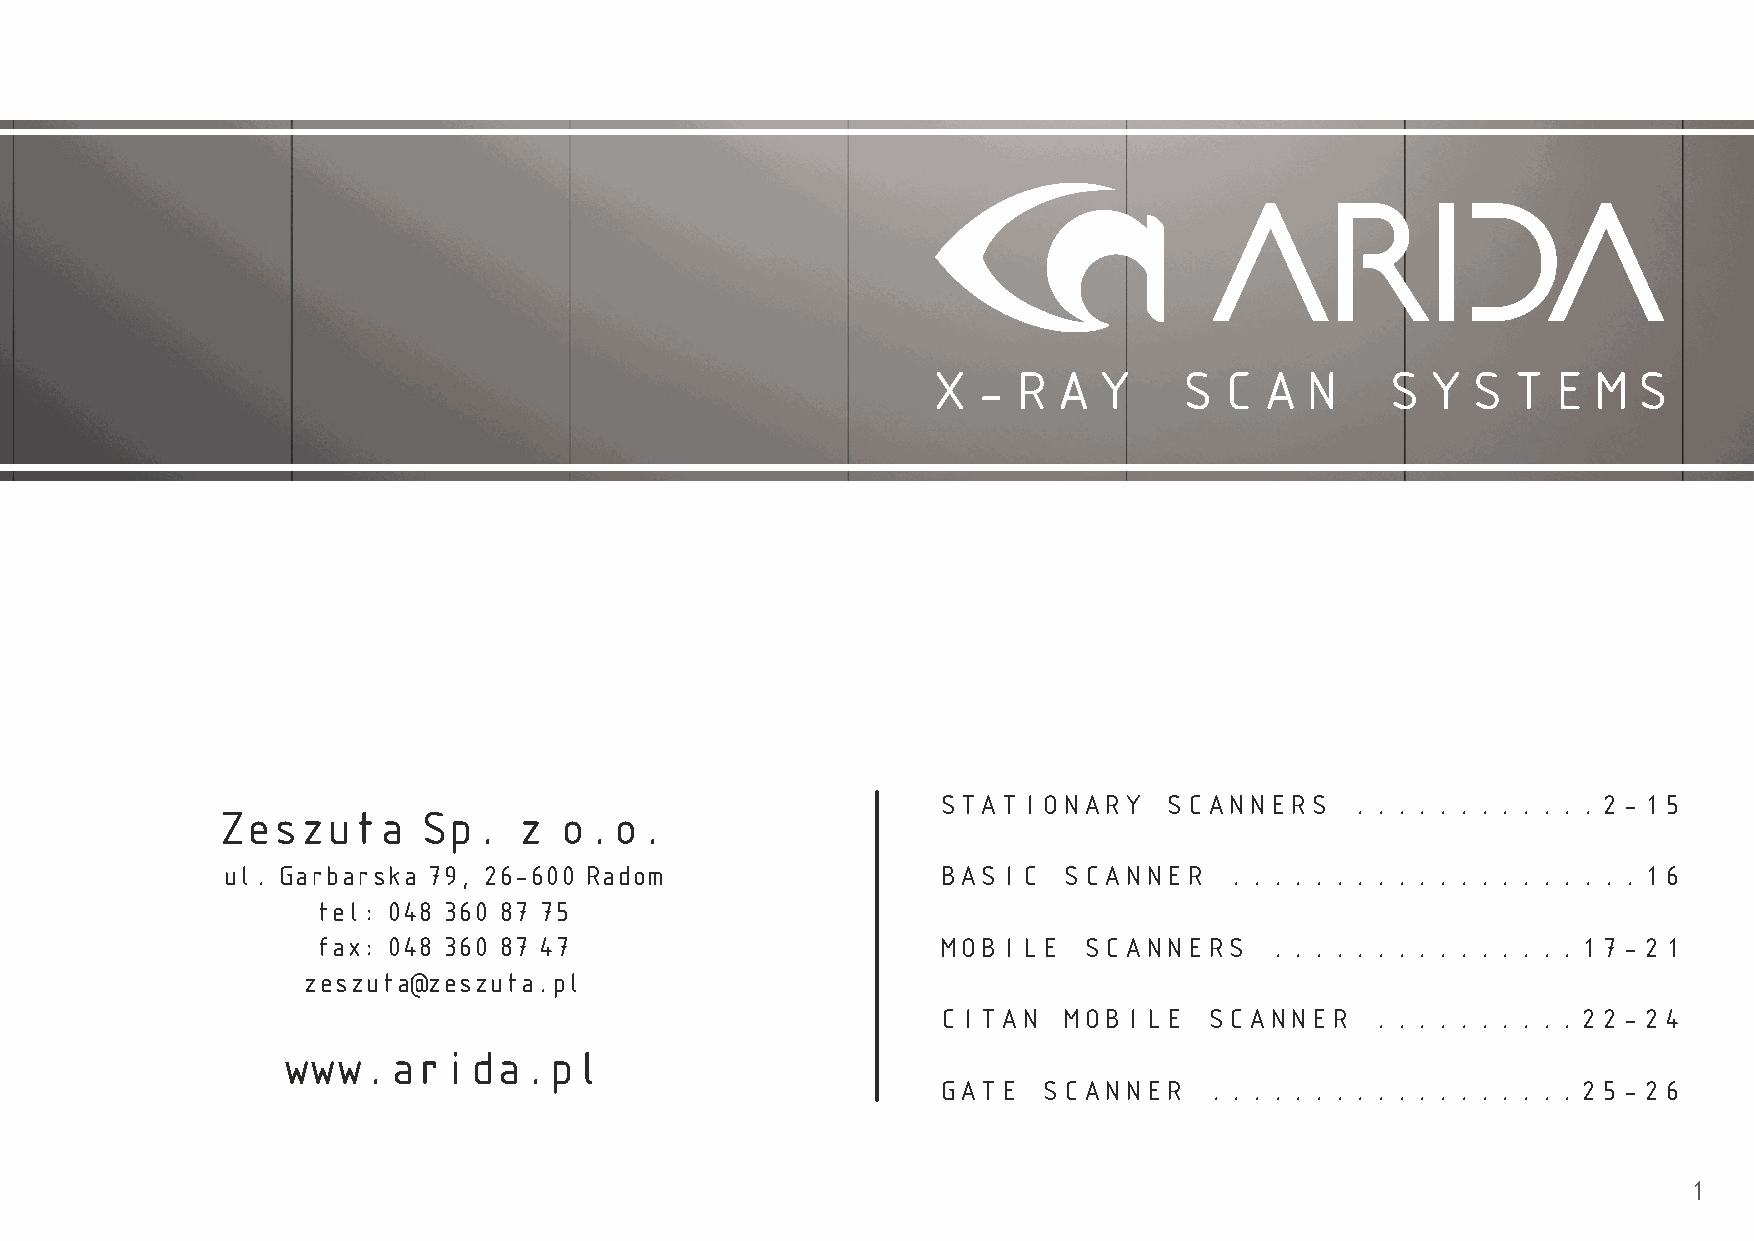
X-RAY           SCAN          SYSTEMS
 STATIONARY     SCANNERS    ............2-15
 Zeszuta       Sp.   z  o.o.
 ul. Garbarska 79, 26-600 Radom                 BASIC   SCANNER    ....................16
 tel: 048 360 87 75
 fax: 048 360 87 47                       MOBILE    SCANNERS    ...............17-21
 zeszuta@zeszuta.pl
 CITAN   MOBILE    SCANNER    ..........22-24
 www.arida.pl
 GATE   SCANNER    ..................25-26
 1